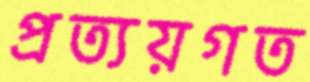
প্রত্যয়গত